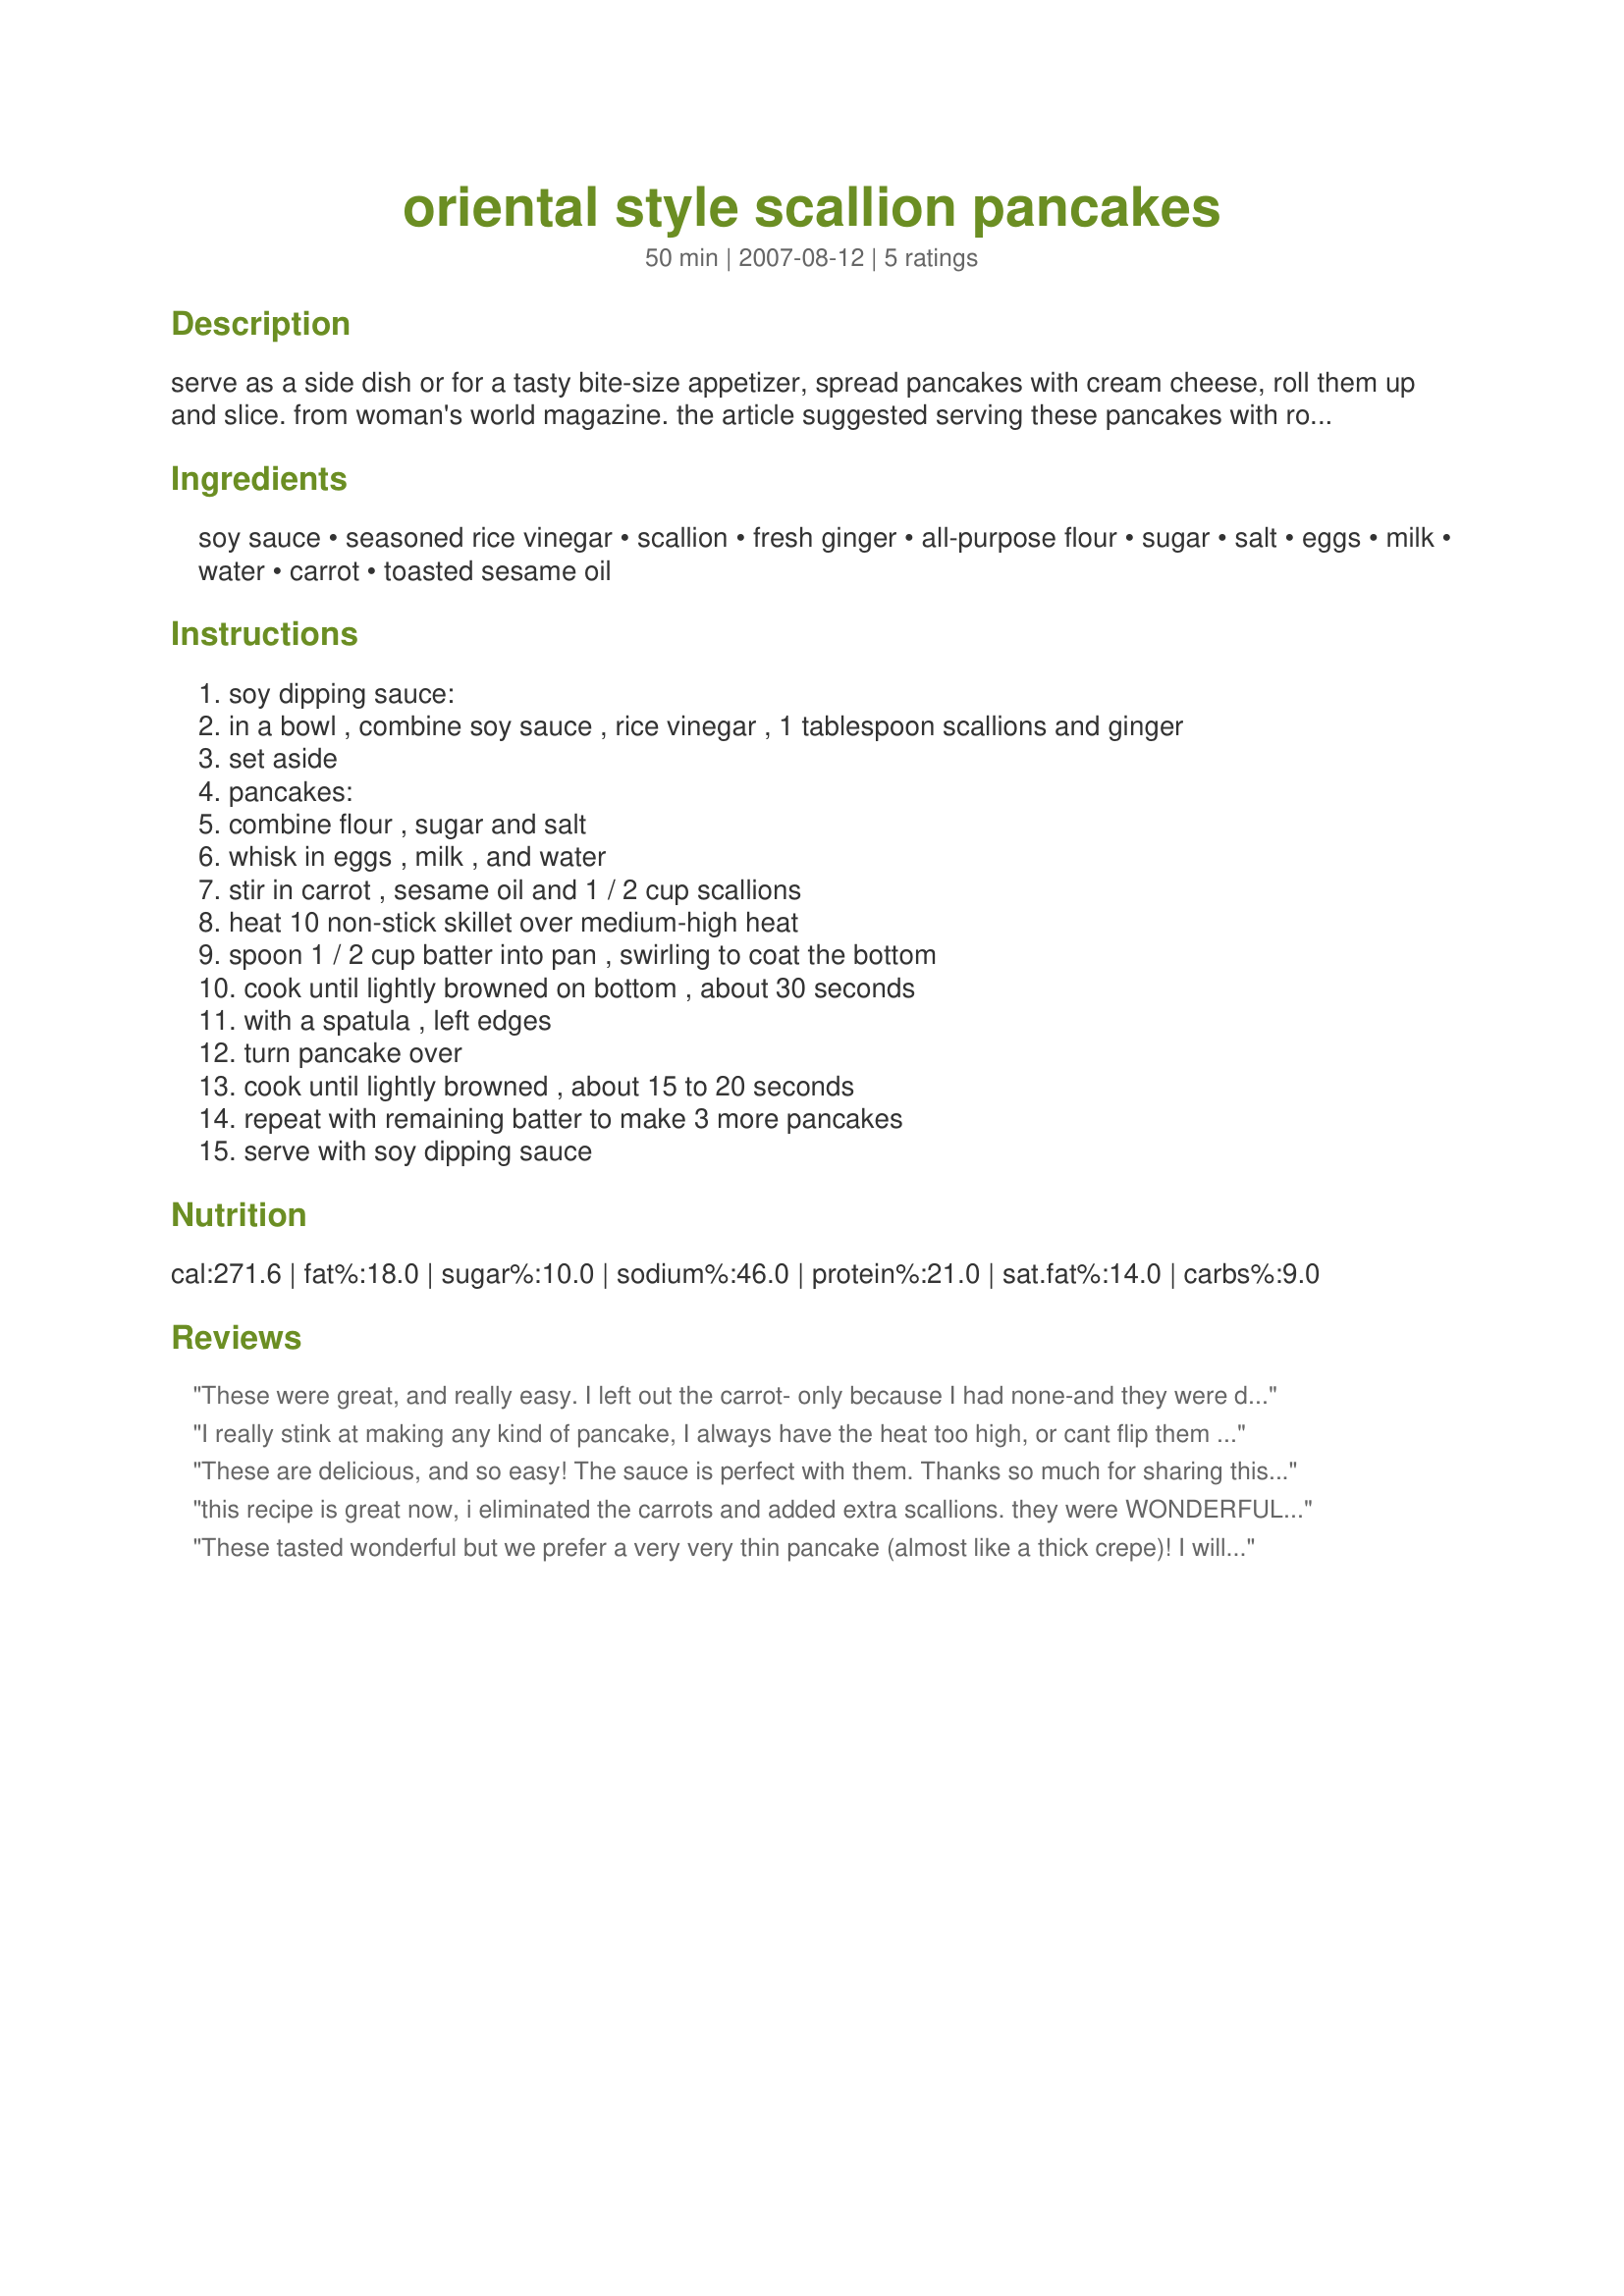
oriental style scallion pancakes
Preparation time: 50 minutes

serve as a side dish or for a tasty bite-size appetizer, spread pancakes with cream cheese, roll them up and slice. from woman's world magazine. the article suggested serving these pancakes with roasted chicken and green beans with cashews.

Ingredients:
soy sauce, seasoned rice vinegar, scallion, fresh ginger, all-purpose flour, sugar, salt, eggs, milk, water, carrot, toasted sesame oil

Steps:
soy dipping sauce:, in a bowl , combine soy sauce , rice vinegar , 1 tablespoon scallions and ginger, set aside, pancakes:, combine flour , sugar and salt, whisk in eggs , milk , and water, stir in carrot , sesame oil and 1 / 2 cup scallions, heat 10 non-stick skillet over medium-high heat, spoon 1 / 2 cup batter into pan , swirling to coat the bottom, cook until lightly browned on bottom , about 30 seconds, with a spatula , left edges, turn pancake over, cook until lightly browned , about 15 to 20 seconds, repeat with remaining batter to make 3 more pancakes, serve with soy dipping sauce

Reviews:
These were great, and really easy. I left out the carrot- only because I had none-and they were delicious.
I'll try them with the carrot next time!
Made them exactly as stated, and will surely be doing them again!
Thanks for posting.
I really stink at making any kind of pancake, I always have the heat too high, or cant flip them right, or something of that matter. But for some reason the pancake gods were smiling on me today lol. I even scaled it down to use about 1 egg just fine. Great recipe, I love the carrot in it. Also the sesame oil really adds something to it. Can't wait to make these again.
These are delicious, and so easy! The sauce is perfect with them. Thanks so much for sharing this wonderful recipe. :)
this recipe is great now, i eliminated the carrots and added extra scallions. they were WONDERFUL and tasted very much like the scallion pancakes we used to order when we lived in PA. thank you so much foodtvfan.
These tasted wonderful but we prefer a very very thin pancake (almost like a thick crepe)! I will use this recipe again and add a little more water and egg to thin the mixture...Thanks for posting!!
